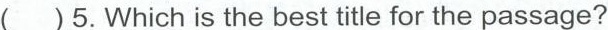
( )5.Which is the best title for the passage?